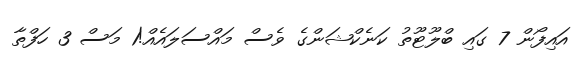
އައިފޯން 7 ގައި ބްލޫޓޫތު ކަނެކްޝަންގެ ވެސް މައްސަލައެއް!1 މަސް 3 ހަފްތާ